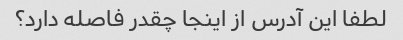
لطفا این آدرس از اینجا چقدر فاصله دارد؟